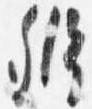
弁